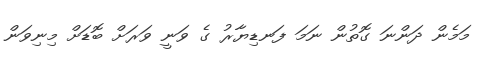
މަމެން ދަންނަ ގޮތުން ނަމަ ފަނޑިޔާރު ގެ ވަނީ ވަރަށް ބޮޑަށް މިނިވަން